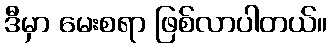
ဒီမှာ မေးစရာ ဖြစ်လာပါတယ်။